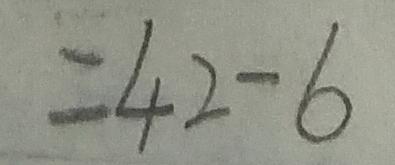
= 4 2 - 6